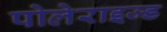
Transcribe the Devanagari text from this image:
पोलेराइज्ड